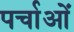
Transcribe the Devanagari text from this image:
पर्चाओं